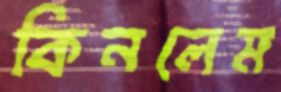
কিনলেম